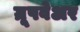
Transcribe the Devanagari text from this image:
ग्रूपवेअर